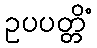
ဥပပတ္တိံ